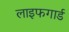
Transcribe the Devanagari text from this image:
लाइफगार्ड